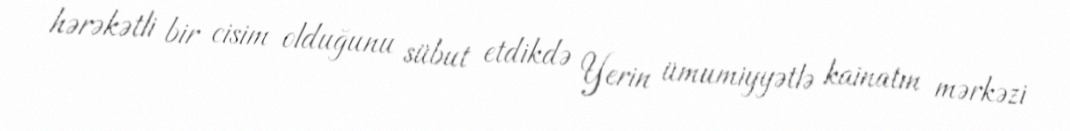
hərəkətli bir cisim olduğunu sübut etdikdə Yerin ümumiyyətlə kainatın mərkəzi